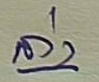
ล่าง